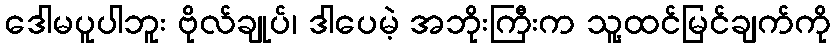
ဒေါမပူပါဘူး ဗိုလ်ချုပ်၊ ဒါပေမဲ့ အဘိုးကြီးက သူ့ထင်မြင်ချက်ကို